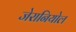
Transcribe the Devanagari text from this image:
जेरानियोल